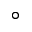
\circ